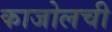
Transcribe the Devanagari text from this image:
काजोलची